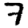
Digit: 7